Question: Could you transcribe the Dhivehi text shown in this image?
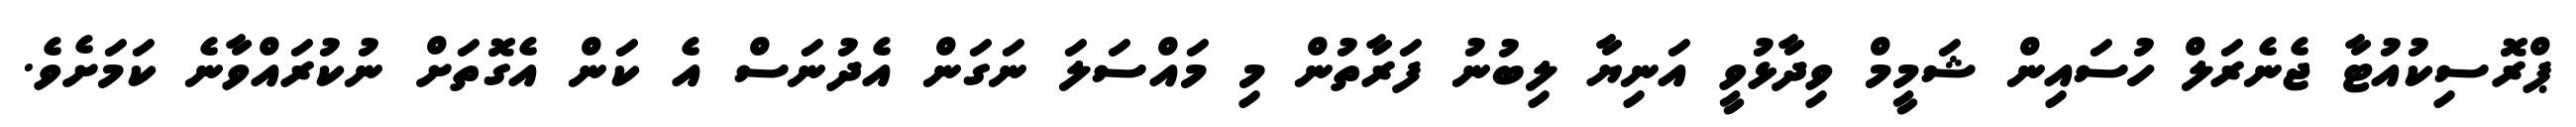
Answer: ޕްރޮސިކުއުޓާ ޖެނެރަލް ހުސައިން ޝަމީމް ވިދާޅުވީ އަނިޔާ ލިބުނު ފަރާތުން މި މައްސަލަ ނަގަން އެދުނަސް އެ ކަން އެގޮތަށް ނުކުރައްވާނެ ކަމަށެވެ.